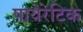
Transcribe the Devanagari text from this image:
पायेरेटिक